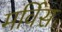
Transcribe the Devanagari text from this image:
मर्विस